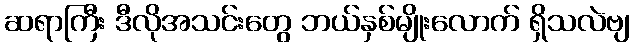
ဆရာကြီး ဒီလိုအသင်းတွေ ဘယ်နှစ်မျိုးလောက် ရှိသလဲဗျ